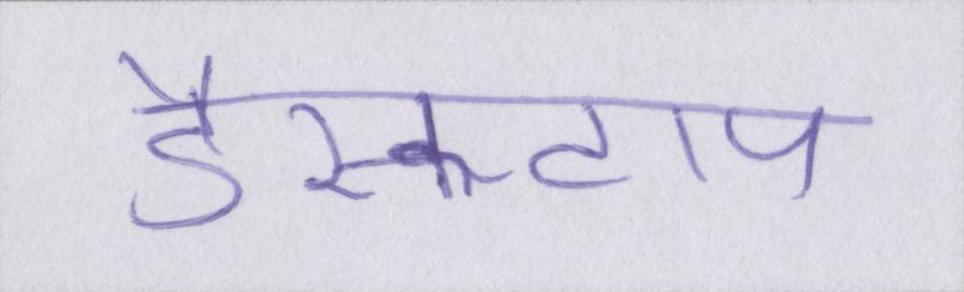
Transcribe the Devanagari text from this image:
डैस्कटाप